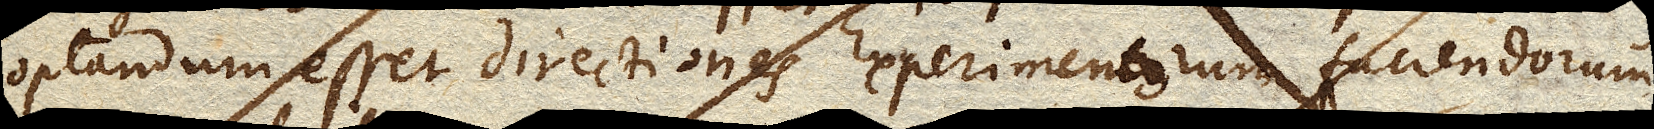
optandum esset directiones Experimentorum faciendorum